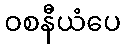
ဝစနီယံပေ